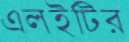
এলইটির